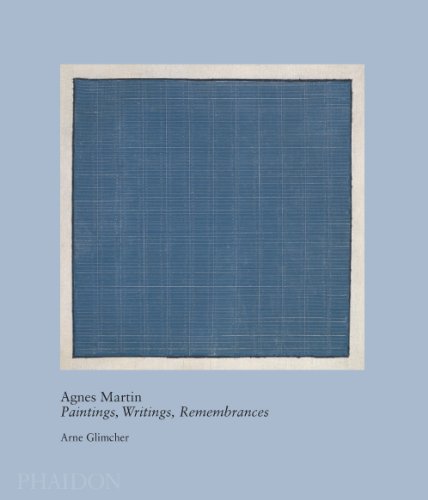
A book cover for Agnes Martin: Paintings, Writings, Remembrances by Arne Glimcher (20th Century Living Masters); Arne Glimcher; Arts & Photography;